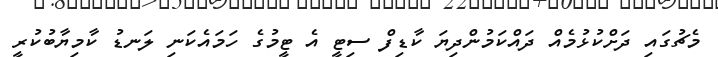
މެޗުގައި ދަށްކުޅުމެއް ދައްކަމުންދިޔަ ކާޑިފް ސިޓީ އެ ޓީމުގެ ހަމައެކަނި ލަނޑު ކާމިޔާބުކުރީ